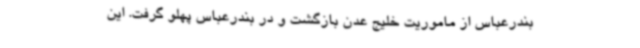
بندرعباس از ماموریت خلیج عدن بازگشت و در بندرعباس پهلو گرفت. این